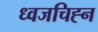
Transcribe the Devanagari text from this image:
ध्वजचिह्न